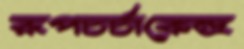
রূপচর্চাকেন্দ্র